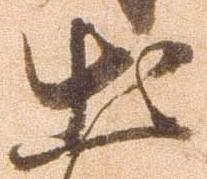
出